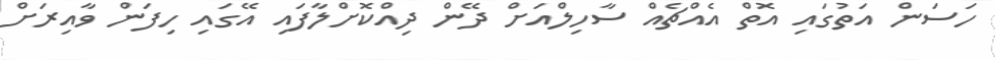
ހަސަން އަތުގައި އޮތް އެއްޗެއް ސާހިލްއަށް ދޭން ދިއްކޮށްލާފައި އޭގައި ހިފަން ވާއިރަށް